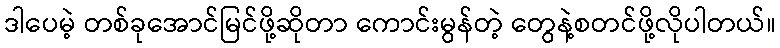
ဒါပေမဲ့ တစ်ခုအောင်မြင်ဖို့ဆိုတာ ကောင်းမွန်တဲ့ တွေနဲ့စတင်ဖို့လိုပါတယ်။